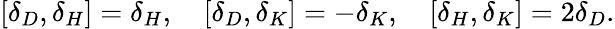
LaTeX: [\delta_{D},\delta_{H}]=\delta_{H},\ \ \ \ [\delta_{D},\delta_{K}]=-\delta_{K},\ \ \ \ [\delta_{H},\delta_{K}]=2\delta_{D}.